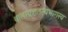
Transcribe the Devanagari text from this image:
बालाग्रशतस्यभागस्य